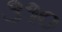
૩૧૦